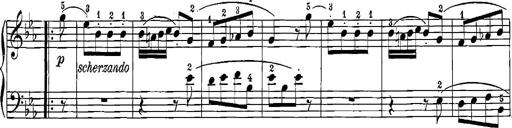
Title: 12 Sonatinas
Composer: Ignaz Pleyel